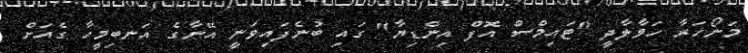
މަނޯހަރާ ހަވާލާދީ "ޓައިމްސް އޮފް އިންޑިޔާ" ގައި ބުނެފައިވަނީ އޭނާގެ އަނބިމީހާ ގެއަށް